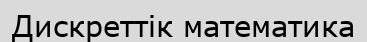
Дискреттік математика